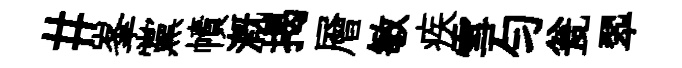
#峯黨幘溉揭層敏疾雪勻瓮翆